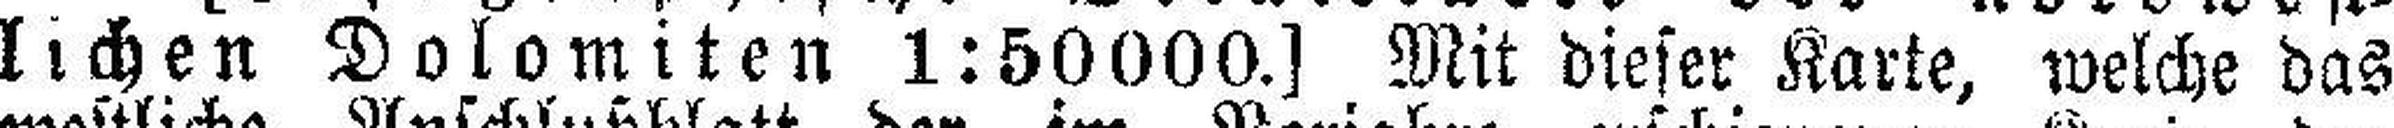
lichen Dolomiten 1:50000.] Mit dieser Karte, welche das